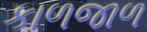
કાળજાળ